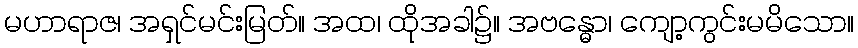
မဟာရာဇ၊ အရှင်မင်းမြတ်။ အထ၊ ထိုအခါ၌။ အဗန္ဓော၊ ကျော့ကွင်းမမိသော။